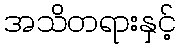
အသိတရားနှင့်